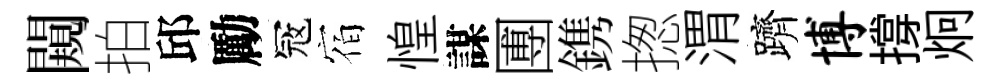
闚拍邱勵冦宿惶謀圑鎸揔渭躋博撐炯